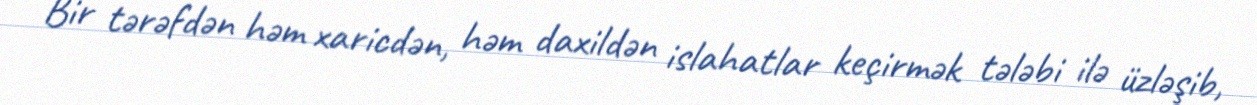
Bir tərəfdən həm xaricdən, həm daxildən islahatlar keçirmək tələbi ilə üzləşib,